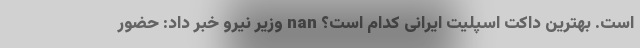
است. بهترین داکت اسپلیت ایرانی کدام است؟ nan وزیر نیرو خبر داد: حضور